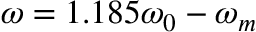
\omega = 1 . 1 8 5 \omega _ { 0 } - \omega _ { m }